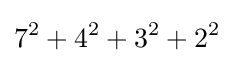
7^{2}+4^{2}+3^{2}+2^{2}